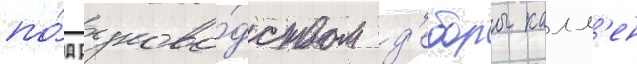
по́д руково́дством д'еборы калл'ен